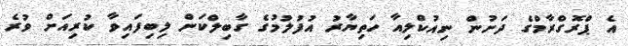
އެ ޕްރޮގްރާމްގެ ދަށުން ނިއުކްލިއާ ހަތިޔާރު އުފުލުމުގެ ގާބިލްކަން ލިބިފައިވާ ކުރިއަށް ވުރެ